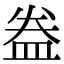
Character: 𥁠